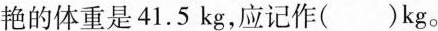
艳的体重是41.5kg，应记作( )kg。